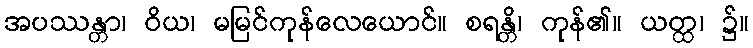
အပဿန္တာ၊ ဝိယ၊ မမြင်ကုန်လေယောင်။ စရန္တိ၊ ကုန်၏။ ယတ္ထ၊ ၌။